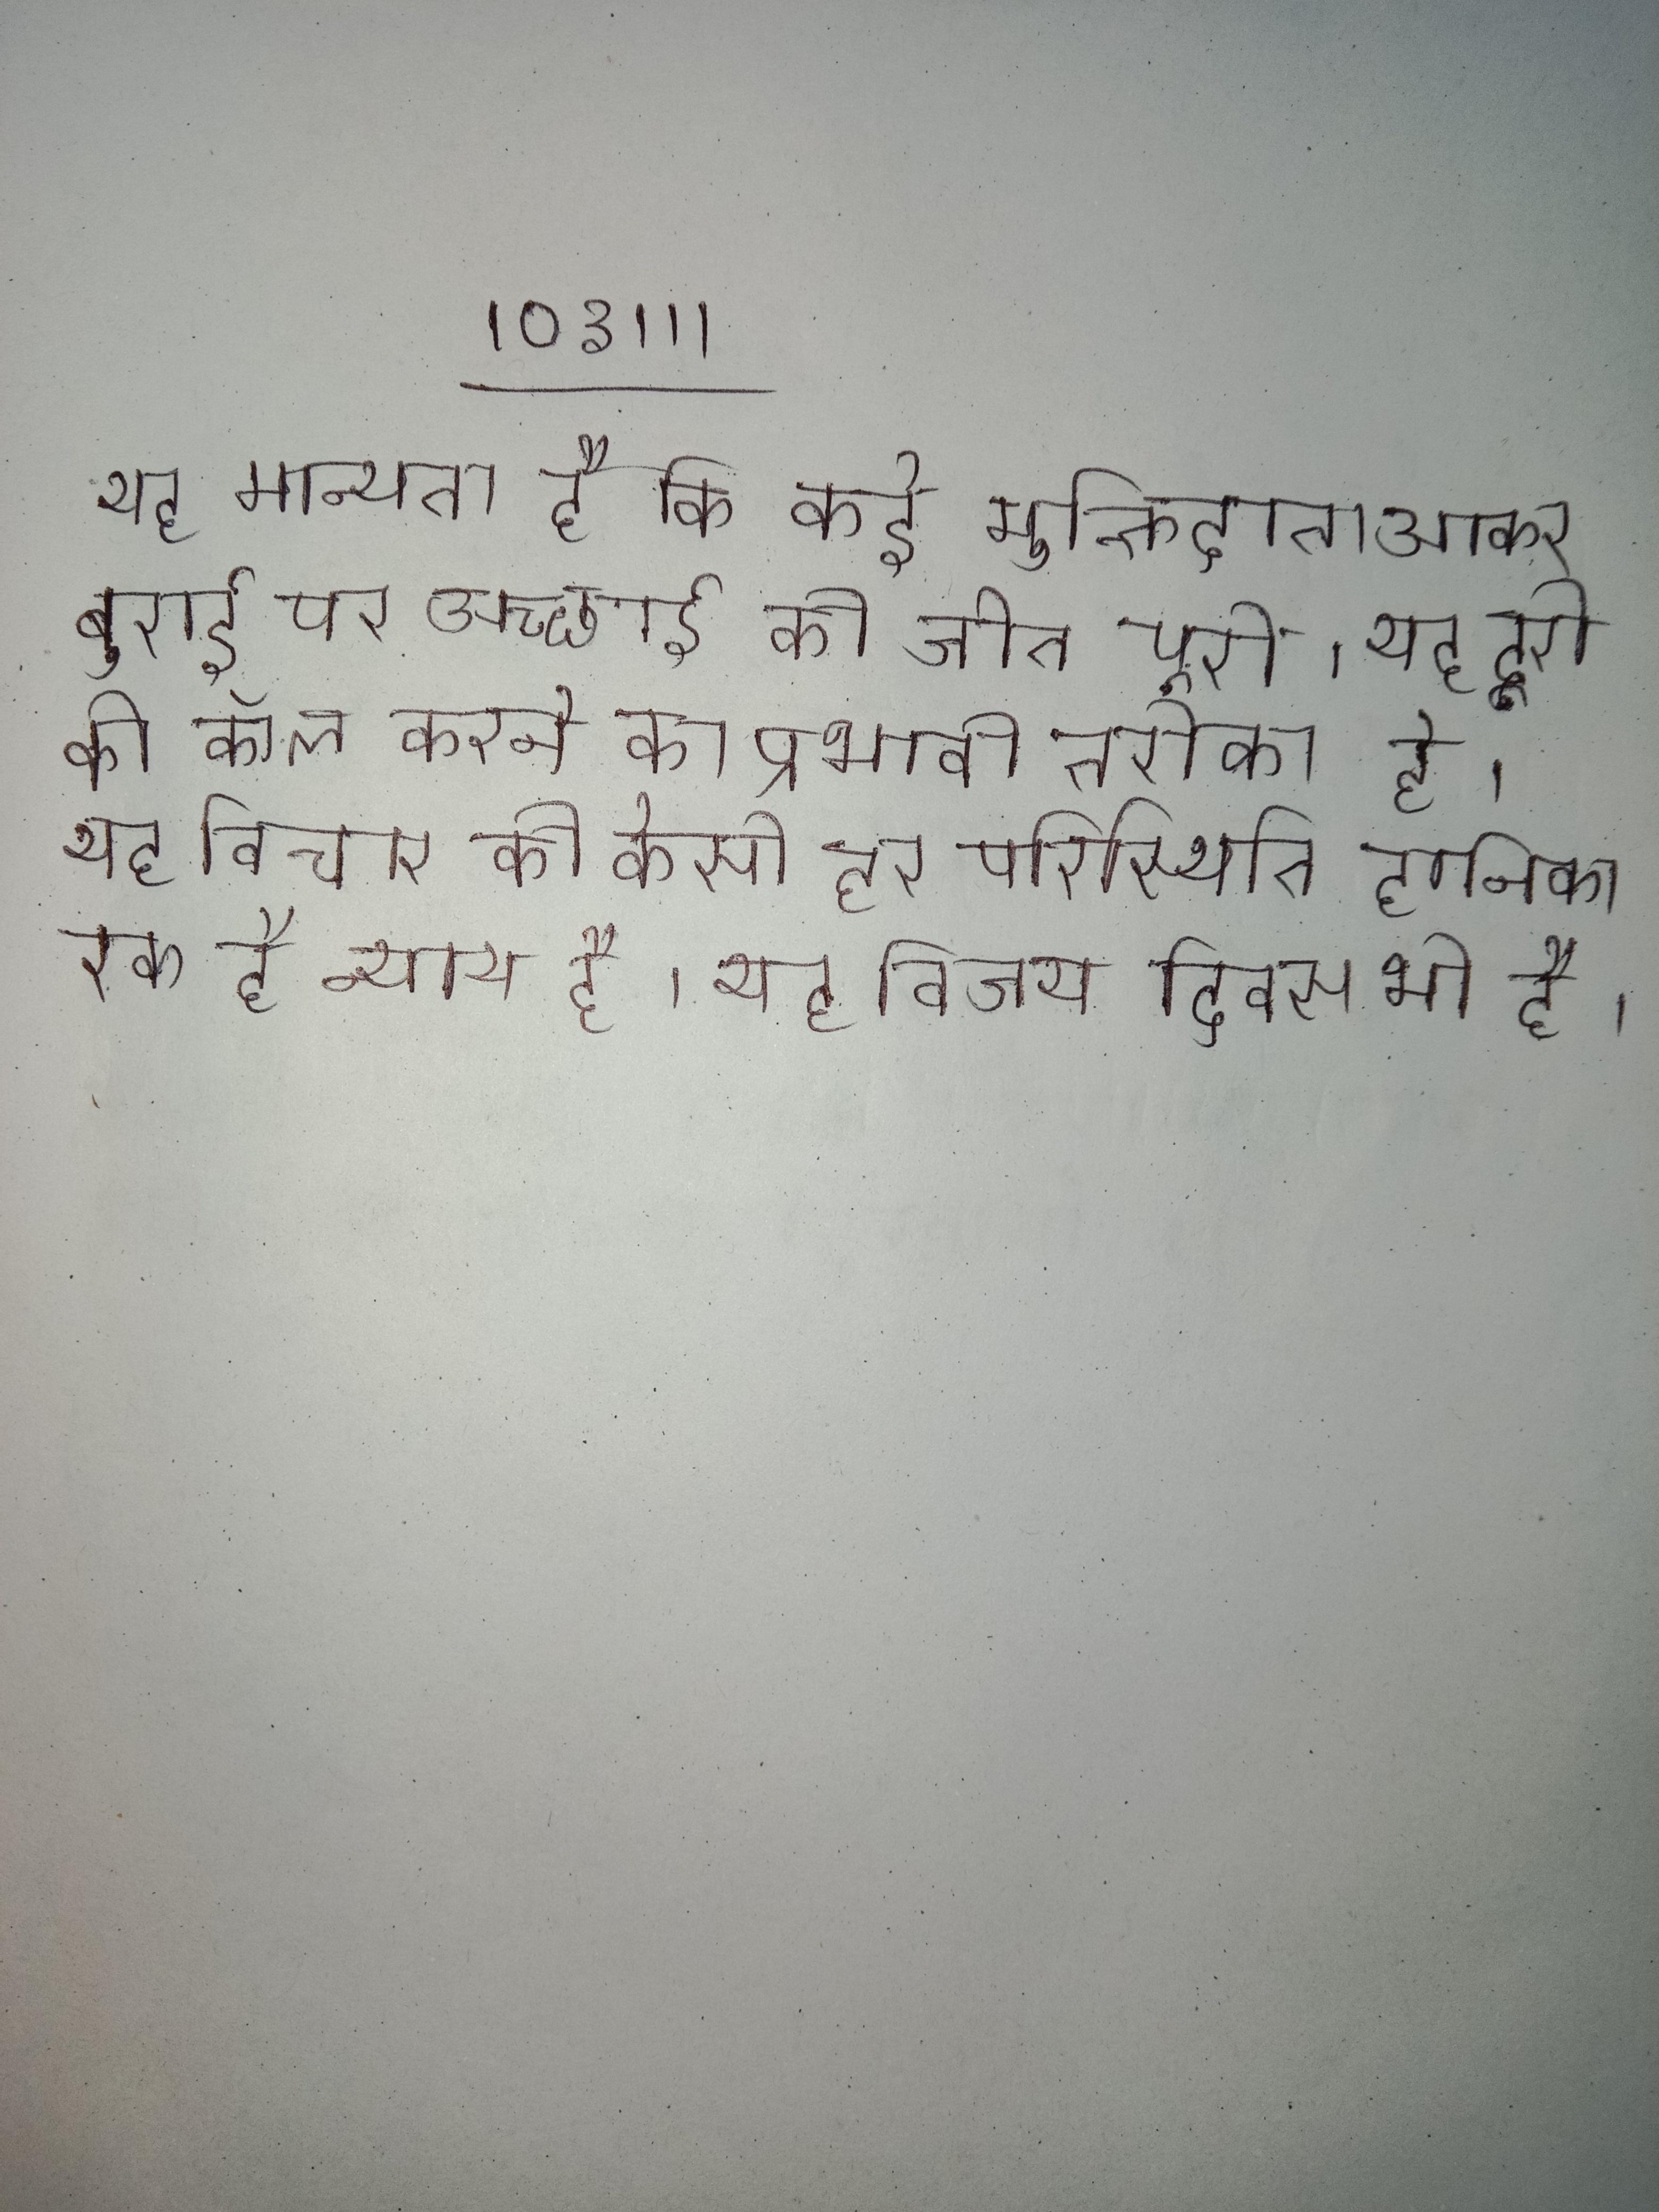
यह मान्यता है कि कई मुक्तिदाता आकर बुराई पर अच्छाई की जीत पूरी । यह दूरी की कॉल करने का प्रभावी तरीका है । यह विचार की केसी हर परिस्थिति हानिकारक है न्याय है । यह विजय दिवस भी है ।